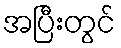
အပြီးတွင်